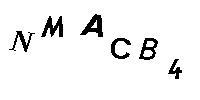
NMACB4